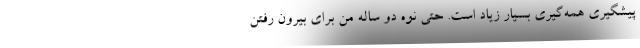
پیشگیری همه‌گیری بسیار زیاد است. حتی نوه دو ساله من برای بیرون رفتن